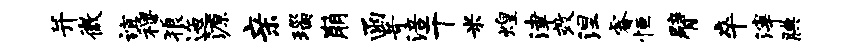
并微谊穆狼迤源亲瑙崩函苛涪干米煌津效涅睿恒臂卒滓腆